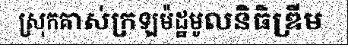
ស្រុកគាស់ក្រឡម៉ដ្ឋមូលនិធិឌ្រីម